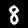
Digit: 8